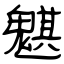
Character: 魌